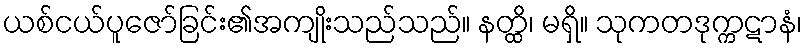
ယစ်ငယ်ပူဇော်ခြင်း၏အကျိုးသည်သည်။ နတ္ထိ၊ မရှိ။ သုကတဒုက္ကဋာနံ၊